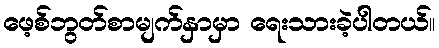
ဖေ့စ်ဘွတ်စာမျက်နှာမှာ ရေးသားခဲ့ပါတယ်။